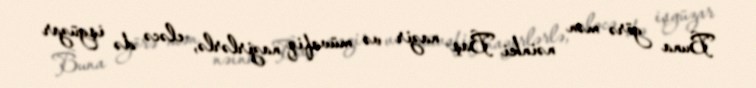
Buna görə mən nəinki Baş nazir və müvafiq nazirlərlə, eləcə də işgüzar